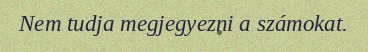
Nem tudja megjegyezni a számokat.